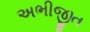
અભીજીત